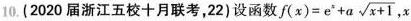
10.(2020届浙江五校十月联考，22)设函数$$f(x)=e^{x}+a \sqrt{x+1}$$, x